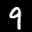
Label: 9